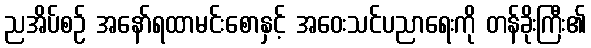
ညအိပ်စဉ် အနော်ရထာမင်းစောနှင့် အဝေးသင်ပညာရေးကို တန်ခိုးကြီး၏